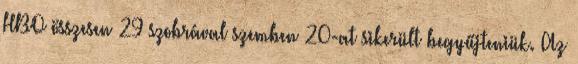
HBO összesen 29 szobrával szemben 20-at sikerült begyűjteniük. Az